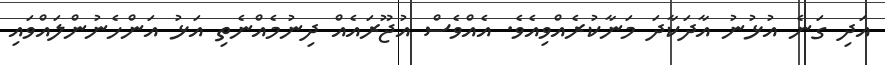
އަދި ގަނެ އުޅުނު އާދަކާދަ މަނާކުރެއްވިއެވެ. އެއްވެސް އުޖޫރައެއް ދިނުމެއްނެތި އަޅު އަންހެނުންލައްވައި